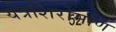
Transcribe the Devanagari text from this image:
यंत्रशिरोमणि